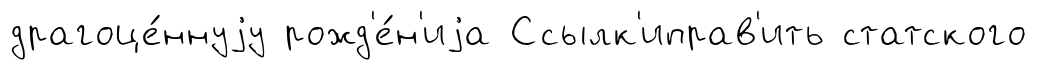
драгоце́ннуjу рожд'е́н'иjа Ссылк'иправ'ить статского